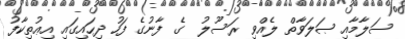
ސަލާމާއި ޞަލަވާތް ލެއްވި ރަސޫލު  ގެ ފާނުގެ ފަހު ދިހައިގައި އިޢުތިކާފު